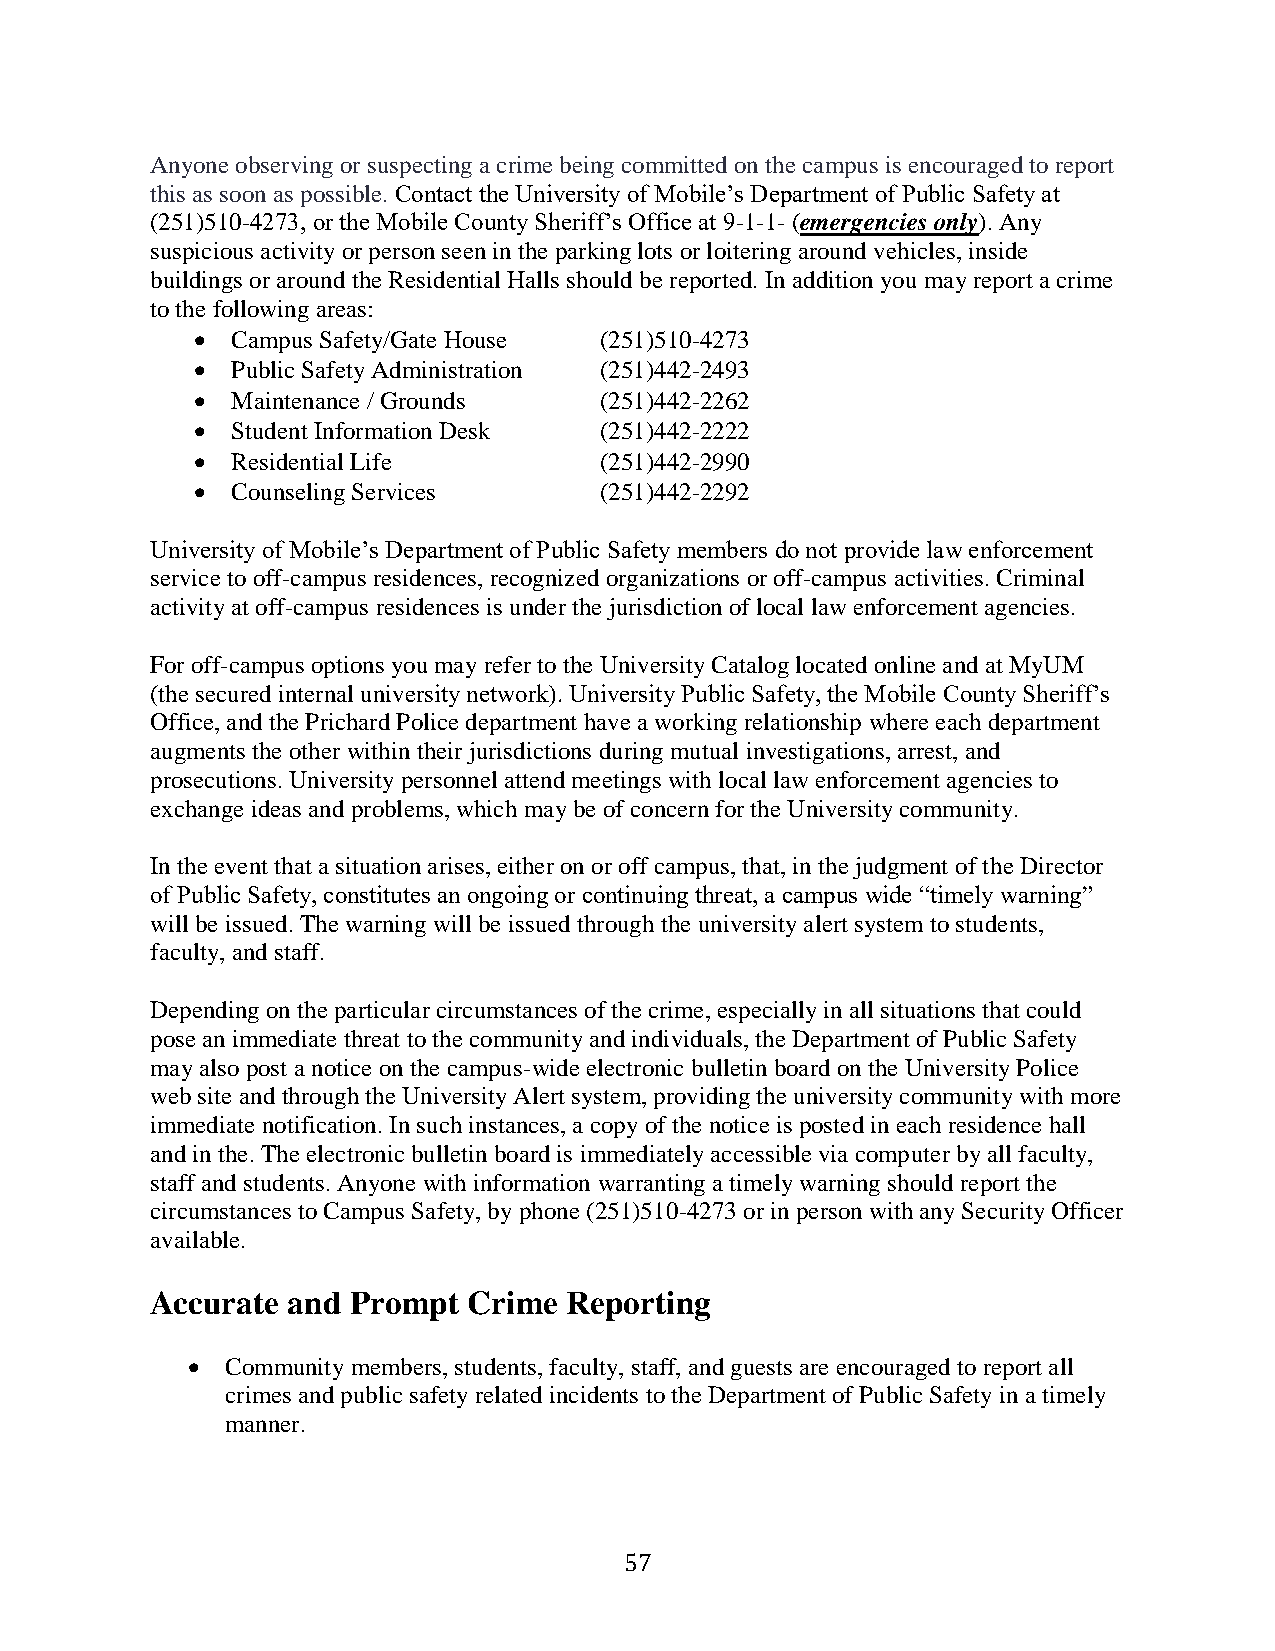
Anyone observing or suspecting a crime being committed on the campus is encouraged to report
 this as soon as possible. Contact the University of Mobile’s Department of Public Safety at
 (251)510-4273, or the Mobile County Sheriff’s Office at 9-1-1- (emergencies only). Any
 suspicious activity or person seen in the parking lots or loitering around vehicles, inside
 buildings or around the Residential Halls should be reported. In addition you may report a crime
 to the following areas:
  Campus Safety/Gate House (251)510-4273
  Public Safety Administration (251)442-2493
  Maintenance / Grounds    (251)442-2262
  Student Information Desk (251)442-2222
  Residential Life         (251)442-2990
  Counseling Services      (251)442-2292
 University of Mobile’s Department of Public Safety members do not provide law enforcement
 service to off-campus residences, recognized organizations or off-campus activities. Criminal
 activity at off-campus residences is under the jurisdiction of local law enforcement agencies.
 For off-campus options you may refer to the University Catalog located online and at MyUM
 (the secured internal university network). University Public Safety, the Mobile County Sheriff’s
 Office, and the Prichard Police department have a working relationship where each department
 augments the other within their jurisdictions during mutual investigations, arrest, and
 prosecutions. University personnel attend meetings with local law enforcement agencies to
 exchange ideas and problems, which may be of concern for the University community.
 In the event that a situation arises, either on or off campus, that, in the judgment of the Director
 of Public Safety, constitutes an ongoing or continuing threat, a campus wide “timely warning”
 will be issued. The warning will be issued through the university alert system to students,
 faculty, and staff.
 Depending on the particular circumstances of the crime, especially in all situations that could
 pose an immediate threat to the community and individuals, the Department of Public Safety
 may also post a notice on the campus-wide electronic bulletin board on the University Police
 web site and through the University Alert system, providing the university community with more
 immediate notification. In such instances, a copy of the notice is posted in each residence hall
 and in the. The electronic bulletin board is immediately accessible via computer by all faculty,
 staff and students. Anyone with information warranting a timely warning should report the
 circumstances to Campus Safety, by phone (251)510-4273 or in person with any Security Officer
 available.
 Accurate and Prompt  Crime Reporting
   Community members, students, faculty, staff, and guests are encouraged to report all
 crimes and public safety related incidents to the Department of Public Safety in a timely
 manner.
 57